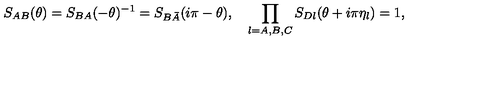
S _ { A B } ( \theta ) = S _ { B A } ( - \theta ) ^ { - 1 } = S _ { B \bar { A } } ( i \pi - \theta ) , \quad \prod _ { l = A , B , C } S _ { D l } ( \theta + i \pi \eta _ { l } ) = 1 ,